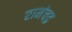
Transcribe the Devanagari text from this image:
रामंचद्र